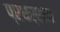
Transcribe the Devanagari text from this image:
प्रधर्शन